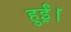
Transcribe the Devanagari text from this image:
हुई़ं।